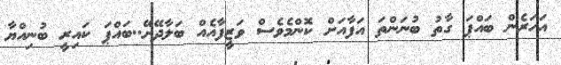
އަހަރެން ބައްޕަ ގާތު ބުނަންތަ އަފާއަށް ކޮންމެވެސް ވަޒީފާއެއް ބަލާދޭށޭ..ބައްޕަ ކައިރީ ބުނިއްޔާ